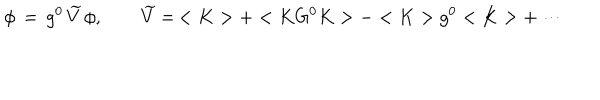
LaTeX: \phi \, = \, g ^ { 0 } \, \widetilde V \, \phi , \qquad \widetilde V = \, < K > + < K G ^ { 0 } K > - < K > g ^ { 0 } < K > + \cdots